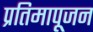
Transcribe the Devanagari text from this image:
प्रतिमापूजन